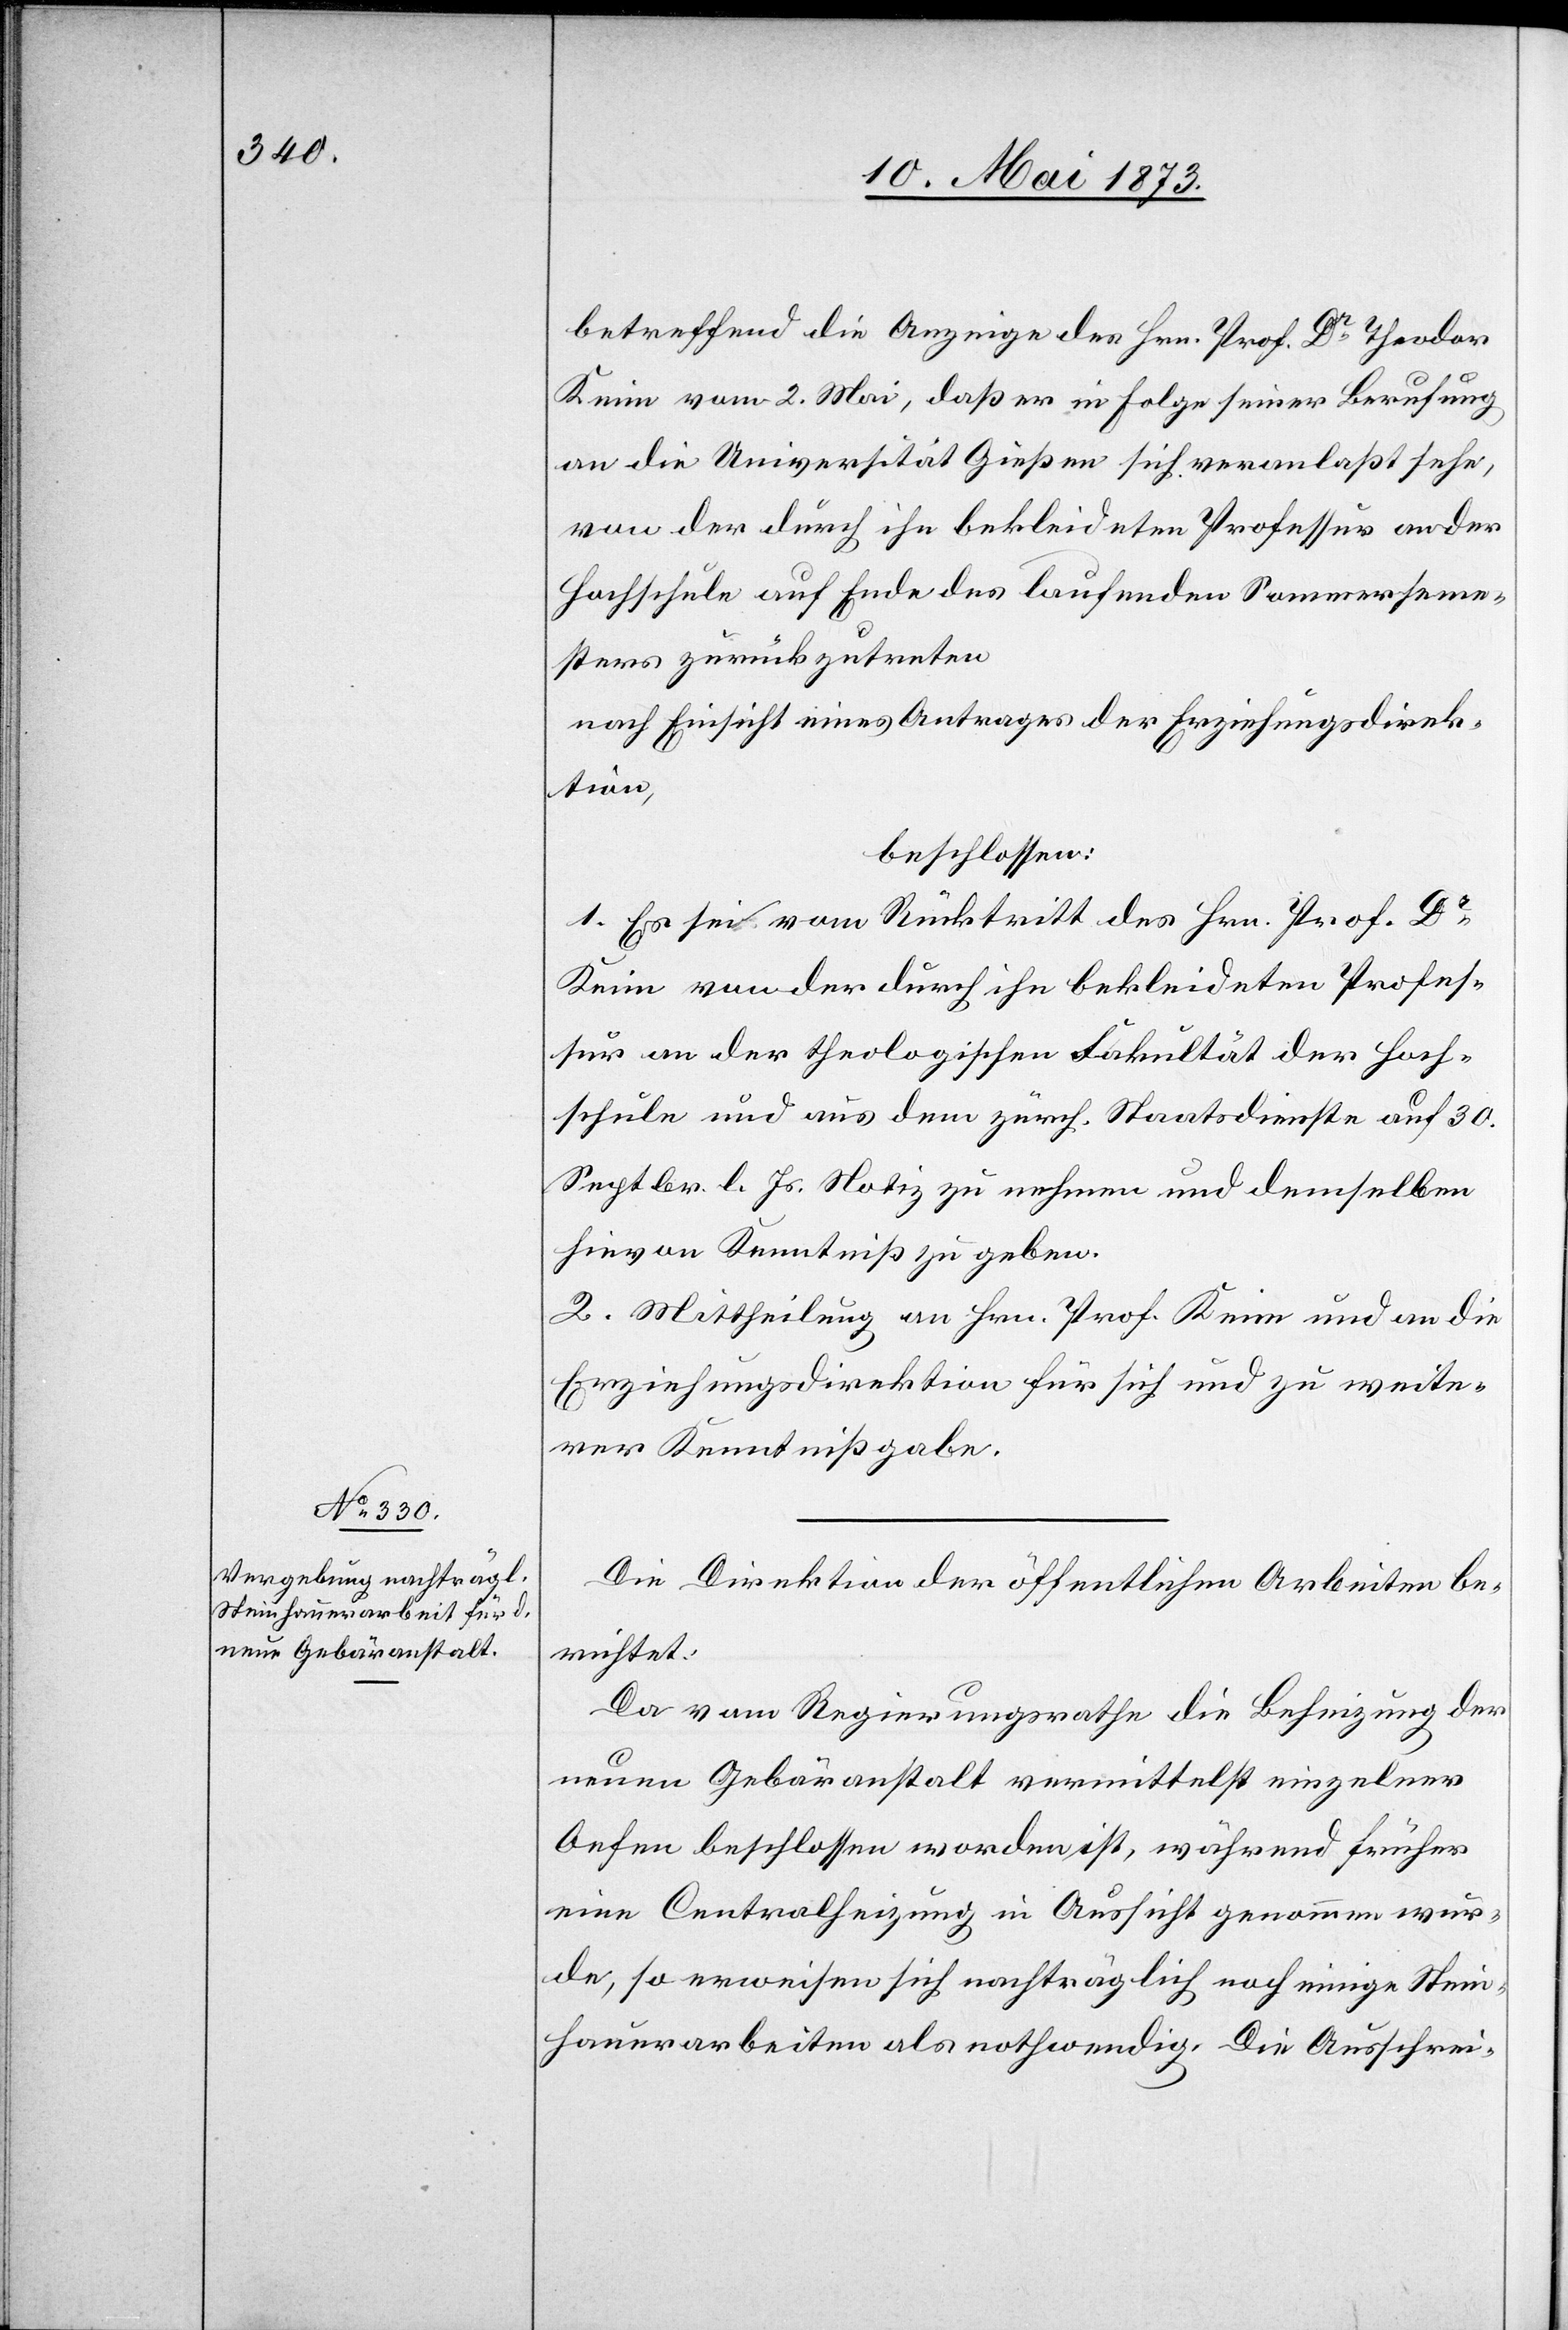
betreffend die Anzeige des Hrn. Prof. Dr Theodor
Keim vom 2. Mai, daß er in Folge seiner Berufung
an die Universität Gießen sich veranlaßt sehe,
von der durch ihn bekleideten Professur an der
Hochschule auf Ende des laufenden Sommerseme¬
sters zurückzutreten
nach Einsicht eines Antrages der Erziehungsdirek¬
tion,
beschlossen:
1. Es sei vom Rücktritt des Hrn. Prof. Dr
Keim von der durch ihn bekleideten Profes¬
sur an der theologischen Fakultät der Hoch¬
schule und aus dem zürch. Staatsdienste auf 30.
Septbr. l. Js. Notiz zu nehmen und demselben
hievon Kenntniß zu geben.
2. Mittheilung an Hrn. Prof. Keim und an die
Erziehungsdirektion für sich und zu weite¬
rer Kenntnißgabe.
Die Direktion der öffentlichen Arbeiten be¬
richtet:
Da vom Regierungsrathe die Beheizung der
neuen Gebäranstalt vermittelst einzelner
Ofen beschlossen worden ist, während früher
eine Centralheizung in Aussicht genommen wur¬
de, so erweisen sich nachträglich noch einige Stein¬
hauerarbeiten als nothwendig. Die Ausschrei-